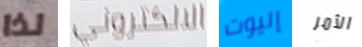
لذا الالكتروني إليوت الأمر